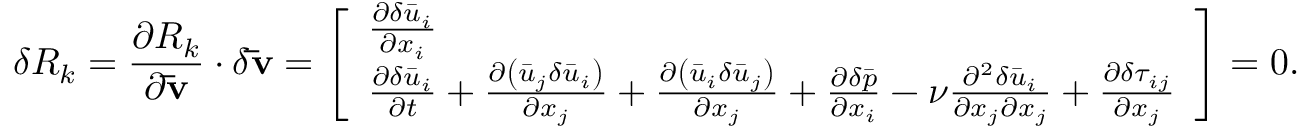
\delta R _ { k } = \frac { { \partial { R _ { k } } } } { { \partial { \bf { \bar { v } } } } } \cdot \delta { \bf { \bar { v } } } = \left[ \begin{array} { l } { \frac { { \partial \delta { { \bar { u } } _ { i } } } } { { \partial { x _ { i } } } } } \\ { \frac { { \partial \delta { { \bar { u } } _ { i } } } } { { \partial t } } + \frac { { \partial \left( { { { \bar { u } } _ { j } } \delta { { \bar { u } } _ { i } } } \right) } } { { \partial { x _ { j } } } } + \frac { { \partial \left( { { { \bar { u } } _ { i } } \delta { { \bar { u } } _ { j } } } \right) } } { { \partial { x _ { j } } } } + \frac { { \partial \delta \bar { p } } } { { \partial { x _ { i } } } } - \nu \frac { { { \partial ^ { 2 } } \delta { { \bar { u } } _ { i } } } } { { \partial { x _ { j } } \partial { x _ { j } } } } + \frac { \partial \delta { \tau _ { i j } } } { { \partial { x _ { j } } } } } \end{array} \right] = 0 .